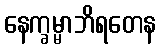
နေက္ခမ္မာဘိရတေန